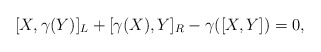
\begin{align*}[X,\gamma(Y)]_{L}+[\gamma(X),Y]_{R}-\gamma([X,Y])=0,\end{align*}